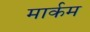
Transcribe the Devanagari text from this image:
मार्कम